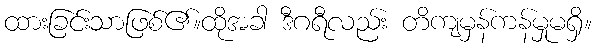
ထားခြင်းသာဖြစ်၏။ထိုအခါ ဒီဂရီလည်း တိကျမှန်ကန်မှုမရှိ။